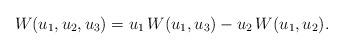
LaTeX: \begin{align*}W(u_1,u_2,u_3)=u_1\, W(u_1,u_3)-u_2\, W(u_1,u_2).\end{align*}